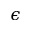
\epsilon